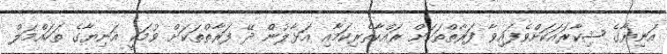
އަނިޔާގެ ޝިކާރައަކަށްވެފައިވާ ފަރާތްތަކަށް ރައްކާތެރިކަމާއި އަޅާލުން ދޭ ފަރާތްތަކަށް ވުމަކީ އަނިޔާގެ ތަހައްމަލް